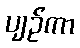
ပျဉ်ကာ